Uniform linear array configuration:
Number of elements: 64
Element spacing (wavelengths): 0.5
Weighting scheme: blackman
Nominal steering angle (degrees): -15
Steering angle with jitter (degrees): -13.823
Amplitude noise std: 0.05
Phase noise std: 0.05

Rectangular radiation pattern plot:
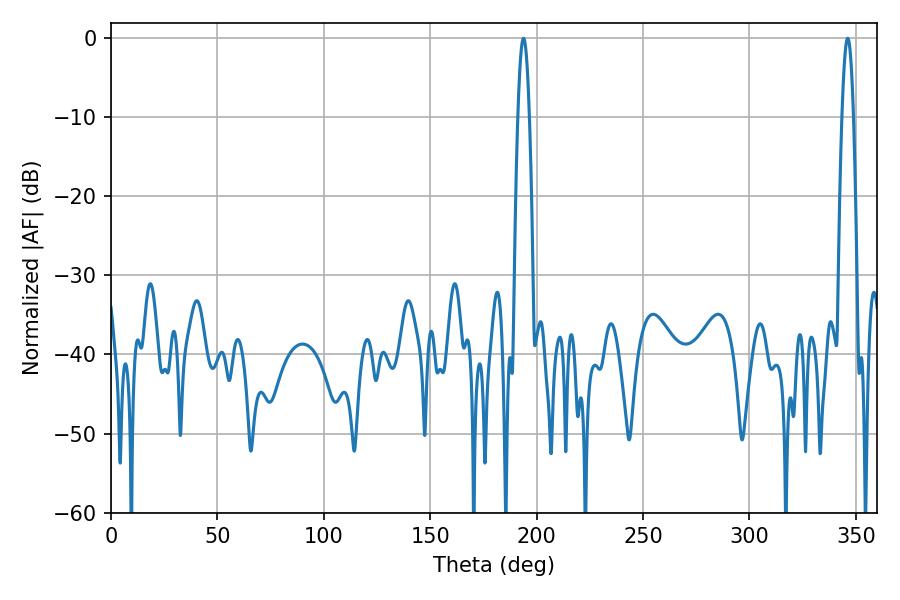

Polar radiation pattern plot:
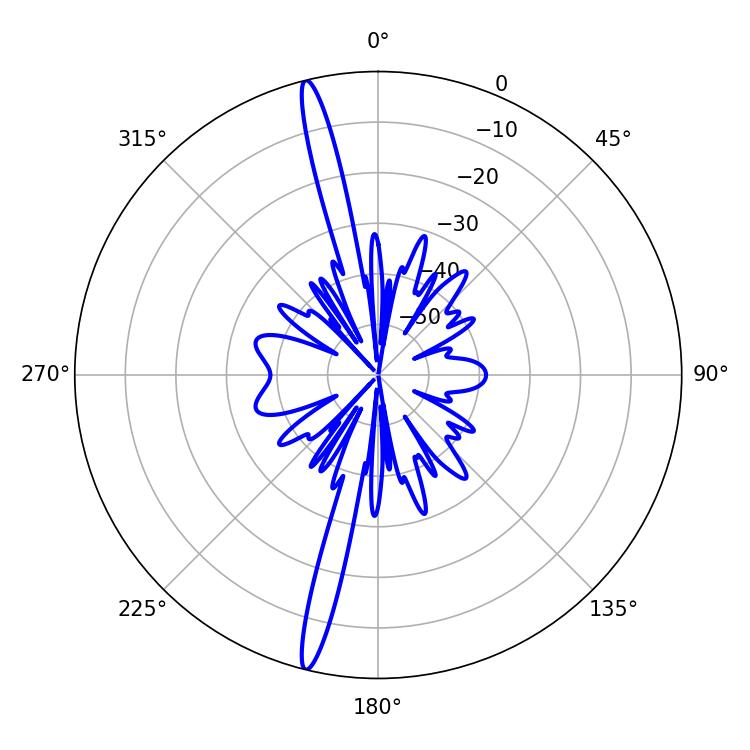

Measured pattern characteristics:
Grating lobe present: FALSE
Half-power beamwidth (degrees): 2.88
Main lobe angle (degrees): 193.86